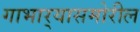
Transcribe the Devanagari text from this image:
गाभार्‍यासमोरील